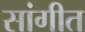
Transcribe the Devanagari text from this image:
सांगीत